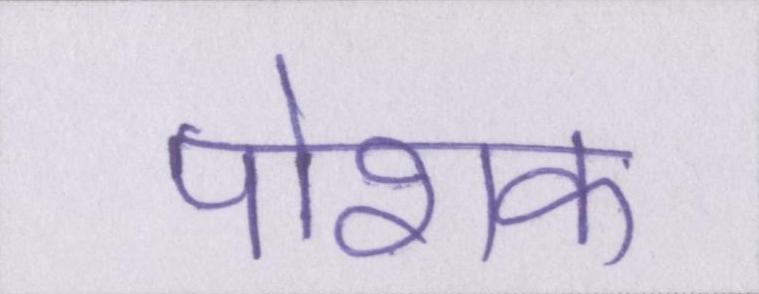
पोशक